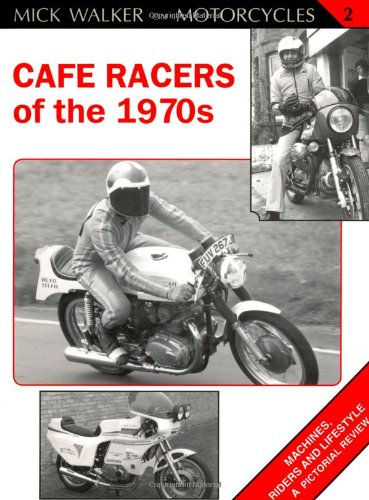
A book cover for Cafe Racers of the 1970s: Machines, Riders and Lifestyle A Pictorial Review (Mick Walker on Motorcycles); Mick Walker; Sports & Outdoors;